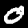
Digit: 0